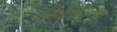
મીડટાઉન